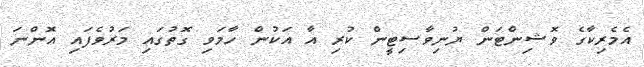
އެމެރިކާގެ ވޮޝިންޓަން ޔުނިވާސިޓީން ކުރި އާ އަކުން ހާމަވި ގޮތުގައި މަރުވެފައި އޮންނަ